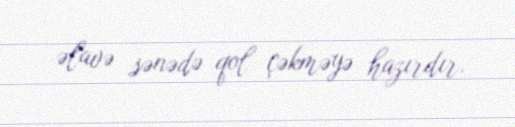
əlavə sənədə qol çəkməyə hazırdır.